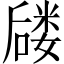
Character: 𪢈